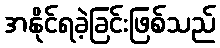
အနိုင်ရခဲ့ခြင်းဖြစ်သည်